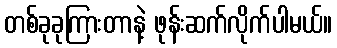
တစ်ခုခုကြားတာနဲ့ ဖုန်းဆက်လိုက်ပါမယ်။